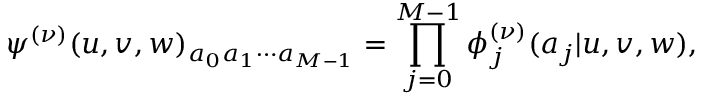
\psi ^ { ( \nu ) } ( u , v , w ) _ { a _ { 0 } a _ { 1 } \cdots a _ { M - 1 } } = \prod _ { j = 0 } ^ { M - 1 } \phi _ { j } ^ { ( \nu ) } ( a _ { j } | u , v , w ) ,